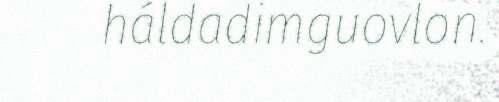
háldadimguovlon.